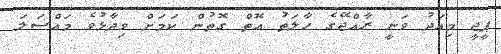
ޕީޖީ މިއަދު ވަނީ ރާއްޖޭގެ ހާލަތު އޮތް ގޮތުން ކަމަށް ވިދާޅުވެ މައްސަލަ